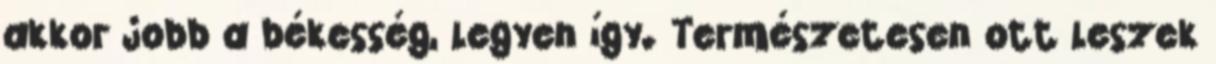
akkor jobb a békesség, legyen így. Természetesen ott leszek